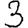
Digit: 3